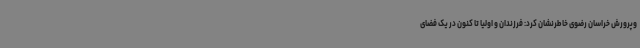
وپرورش خراسان رضوی خاطرنشان کرد: فرزندان و اولیا تا کنون در یک فضای